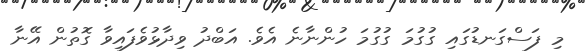
މި ފަސްގަނޑުގައި ގުގުމަ ގުގުމަ ހުންނާނެ އެވެ. އަބްދު ވިދާޅުވެފައިވާ ގޮތުން އޭނާ